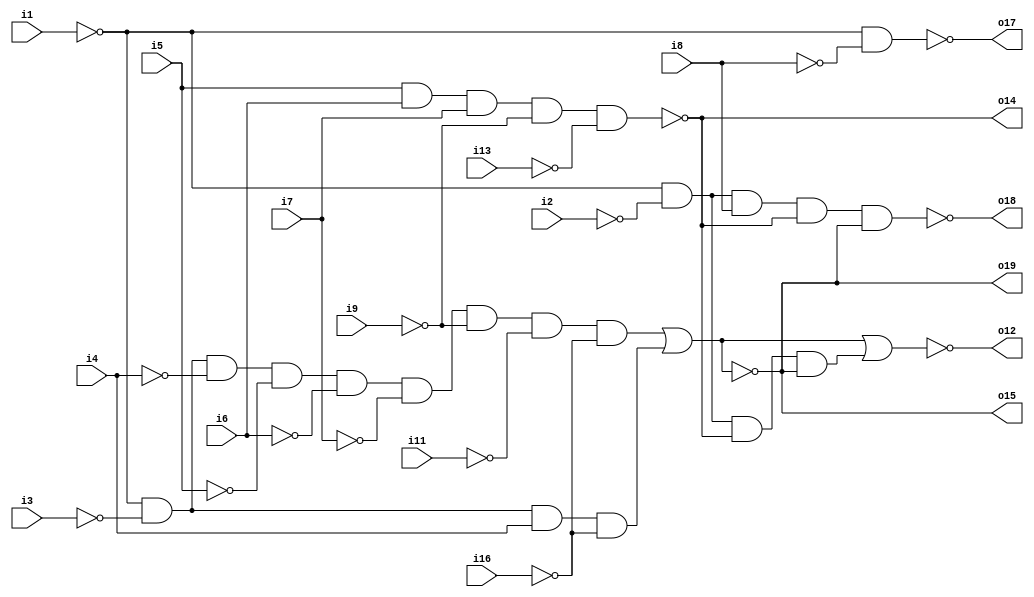
//k053327_D20.v
//PAL16L8 equations
//iverilog k053327_D20.v
`default_nettype none
`timescale 1ns/1ps
// k053327_D20 D20(
//     .i1(D18_5), .i2(D21_17), .i3(RMRD), .i4(ADDR[10]), .i5(ADDR[9]), .i6(ADDR[8]), .i7(ADDR[7]), .i8(D21_12), .i9(C20_6), .i11(C20_3), .i13(D21_15), .i16(D21_16),
//     .o12(D20_12), .o14(IOCS), .o17(CRAMCS), .o18(VRAMCS), .o19(OBJCS)
// );
module k053327_D20 (
    input i1, i2, i3, i4, i5, i6, i7, i8, i9, i11, i13, i16,
    output o12, o14, o15, o17, o18, o19
);
    parameter COMBDLY = 15; //tPD(typical) 25ns for MMI PAL16L8

    wire f14, f15;

    assign #COMBDLY o12 = ~((~i1 & ~i3 & ~i4 & ~i5 & ~i6 & ~i7 & ~i9 & ~i11 & ~i16) |
                   (~i1 & ~i3 & i4 & ~i16) |
                   (~i1 & ~i2 & f14 & f15));

    assign #COMBDLY o14 = ~(i5 & i6 & i7 & ~i9 & ~i13);
    assign f14 = o14;

    assign #COMBDLY o15 = ~((~i1 & ~i3 & ~i4 & ~i5 & ~i6 & ~i7 & ~i9 & ~i11 & ~i16) |
                   (~i1 & ~i3 & i4 & ~i16));
    assign f15 = o15;

    assign #COMBDLY o17 = ~(~i1 & ~i8);

    assign #COMBDLY o18 = ~(~i1 & ~i2 & i8 & f14 & f15);

    assign #COMBDLY o19 = ~((~i1 & ~i3 & ~i4 & ~i5 & ~i6 & ~i7 & ~i9 & ~i11 & ~i16) |
                   (~i1 & ~i3 & i4 & ~i16));
endmodule